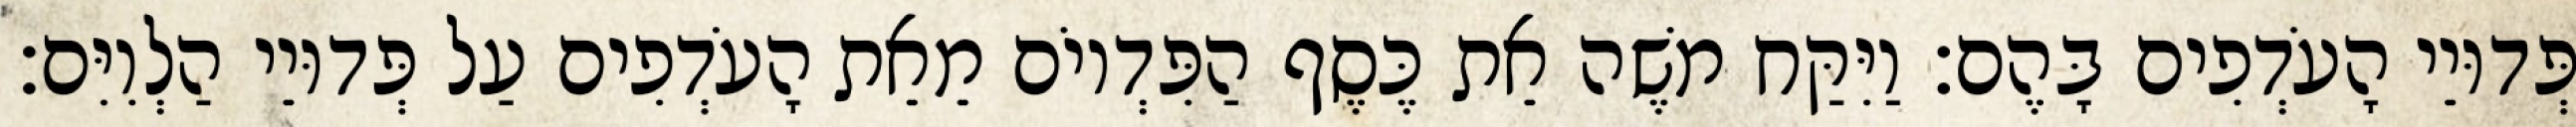
פְּדוּיֵי הָעֹדְפִים בָּהֶם׃ וַיִּקַּח משֶׁה אֵת כֶּסֶף הַפִּדְיוֹם מֵאֵת הָעֹדְפִים עַל פְּדוּיֵי הַלְוִיִּם׃